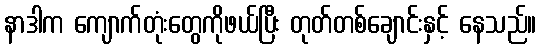
နာဒါက ကျောက်တုံးတွေကိုဖယ်ပြီး တုတ်တစ်ချောင်းနှင့် နေသည်။